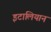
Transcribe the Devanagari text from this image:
इटालियान